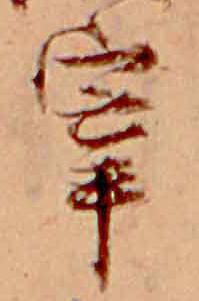
宰